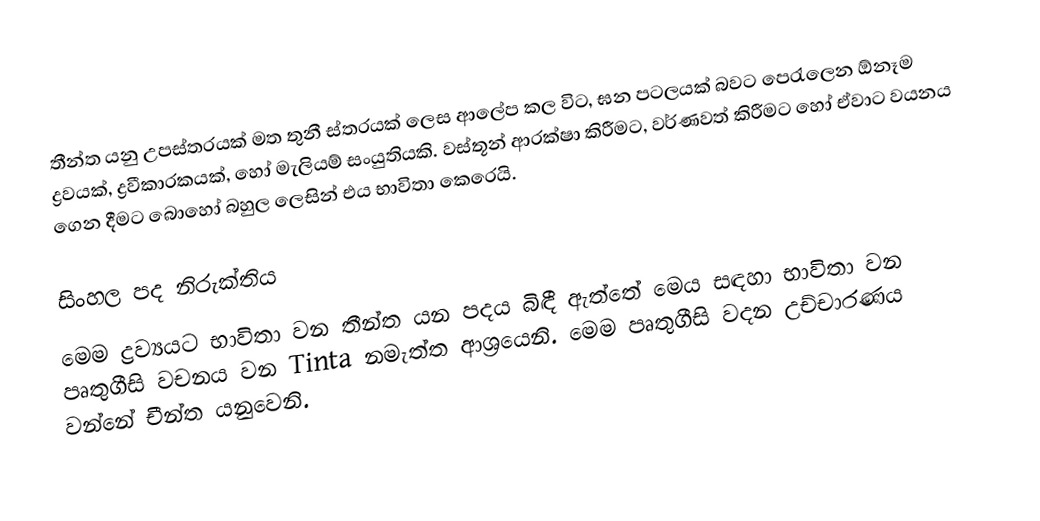
තීන්ත යනු උපස්තරයක් මත තුනී ස්තරයක් ලෙස ආලේප කල විට, ඝන පටලයක් බවට පෙරැලෙන ඕනෑම  ද්‍රවයක්, ද්‍රවීකාරකයක්, හෝ මැලියම් සංයුතියකි. වස්තූන් ආරක්ෂා කිරීමට, වර්ණවත් කිරීමට හෝ ඒවාට වයනය ගෙන දීමට බොහෝ බහුල ලෙසින් එය භාවිතා කෙරෙයි.

සිංහල පද නිරුක්තිය
මෙම ද්‍රව්‍යයට භාවිතා වන තීන්ත යන පදය බිඳී ඇත්තේ මෙය සඳහා භාවිතා වන පෘතුගීසි වචනය වන Tinta නමැත්ත ආශ්‍රයෙනි. මෙම පෘතුගීසි වදන උච්චාරණය වන්නේ චීන්ත යනුවෙනි.